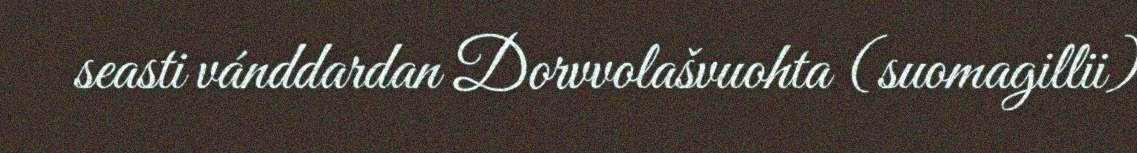
seasti vánddardan Dorvvolašvuohta (suomagillii)